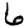
Digit: 6